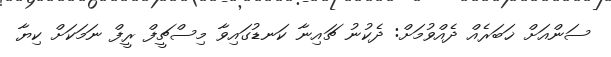
ސަންއަށް ޚަބަރެއް ދެއްވުމަށް: ދެކުނު ޗައިނާ ކަނޑުގައިވާ މިސްޗީފް ރީފް ނަމަކަށް ކިޔާ